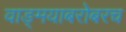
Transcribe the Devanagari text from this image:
वाङ्‌मयाबरोबरच